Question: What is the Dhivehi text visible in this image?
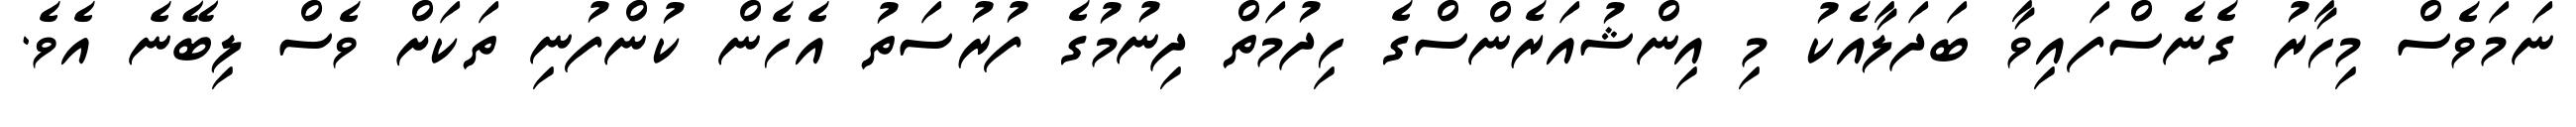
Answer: ނަމަވެސް މިހާރު ގެނެސްފައިވާ ބަދަލާއެކު މި އިންޝުއަރެންސްގެ ހިދުމަތް ދިނުމުގެ ފުރުސަތު އެހެން ކުންފުނި ތަކަށް ވެސް ލިބޭނެ އެވެ.